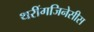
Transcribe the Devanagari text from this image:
थरींगजिनेसीस